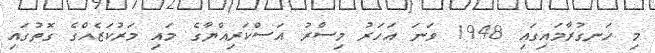
މި ހަނގުރާމައިގައި 1948 ވަނަ އަހަރު މިސްރު އަސްކަރިއްޔާގެ މައި މަރުކަޒެއްގެ ގޮތުގައި